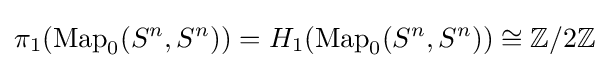
\pi _{1}(\operatorname {Map} _{0}(S^{n},S^{n}))=H_{1}(\operatorname {Map} _{0}(S^{n},S^{n}))\cong \mathbb {Z} /2\mathbb {Z}